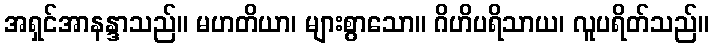
အရှင်အာနန္ဒာသည်။ မဟတိယာ၊ များစွာသော။ ဂိဟိပရိသာယ၊ လူပရိတ်သည်။